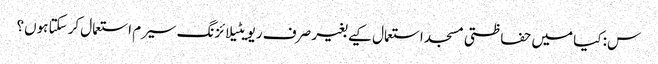
س: کیا میں حفاظتی مسجد استعمال کیے بغیر صرف ریویٹیلائزنگ سیرم استعمال کرسکتا ہوں؟